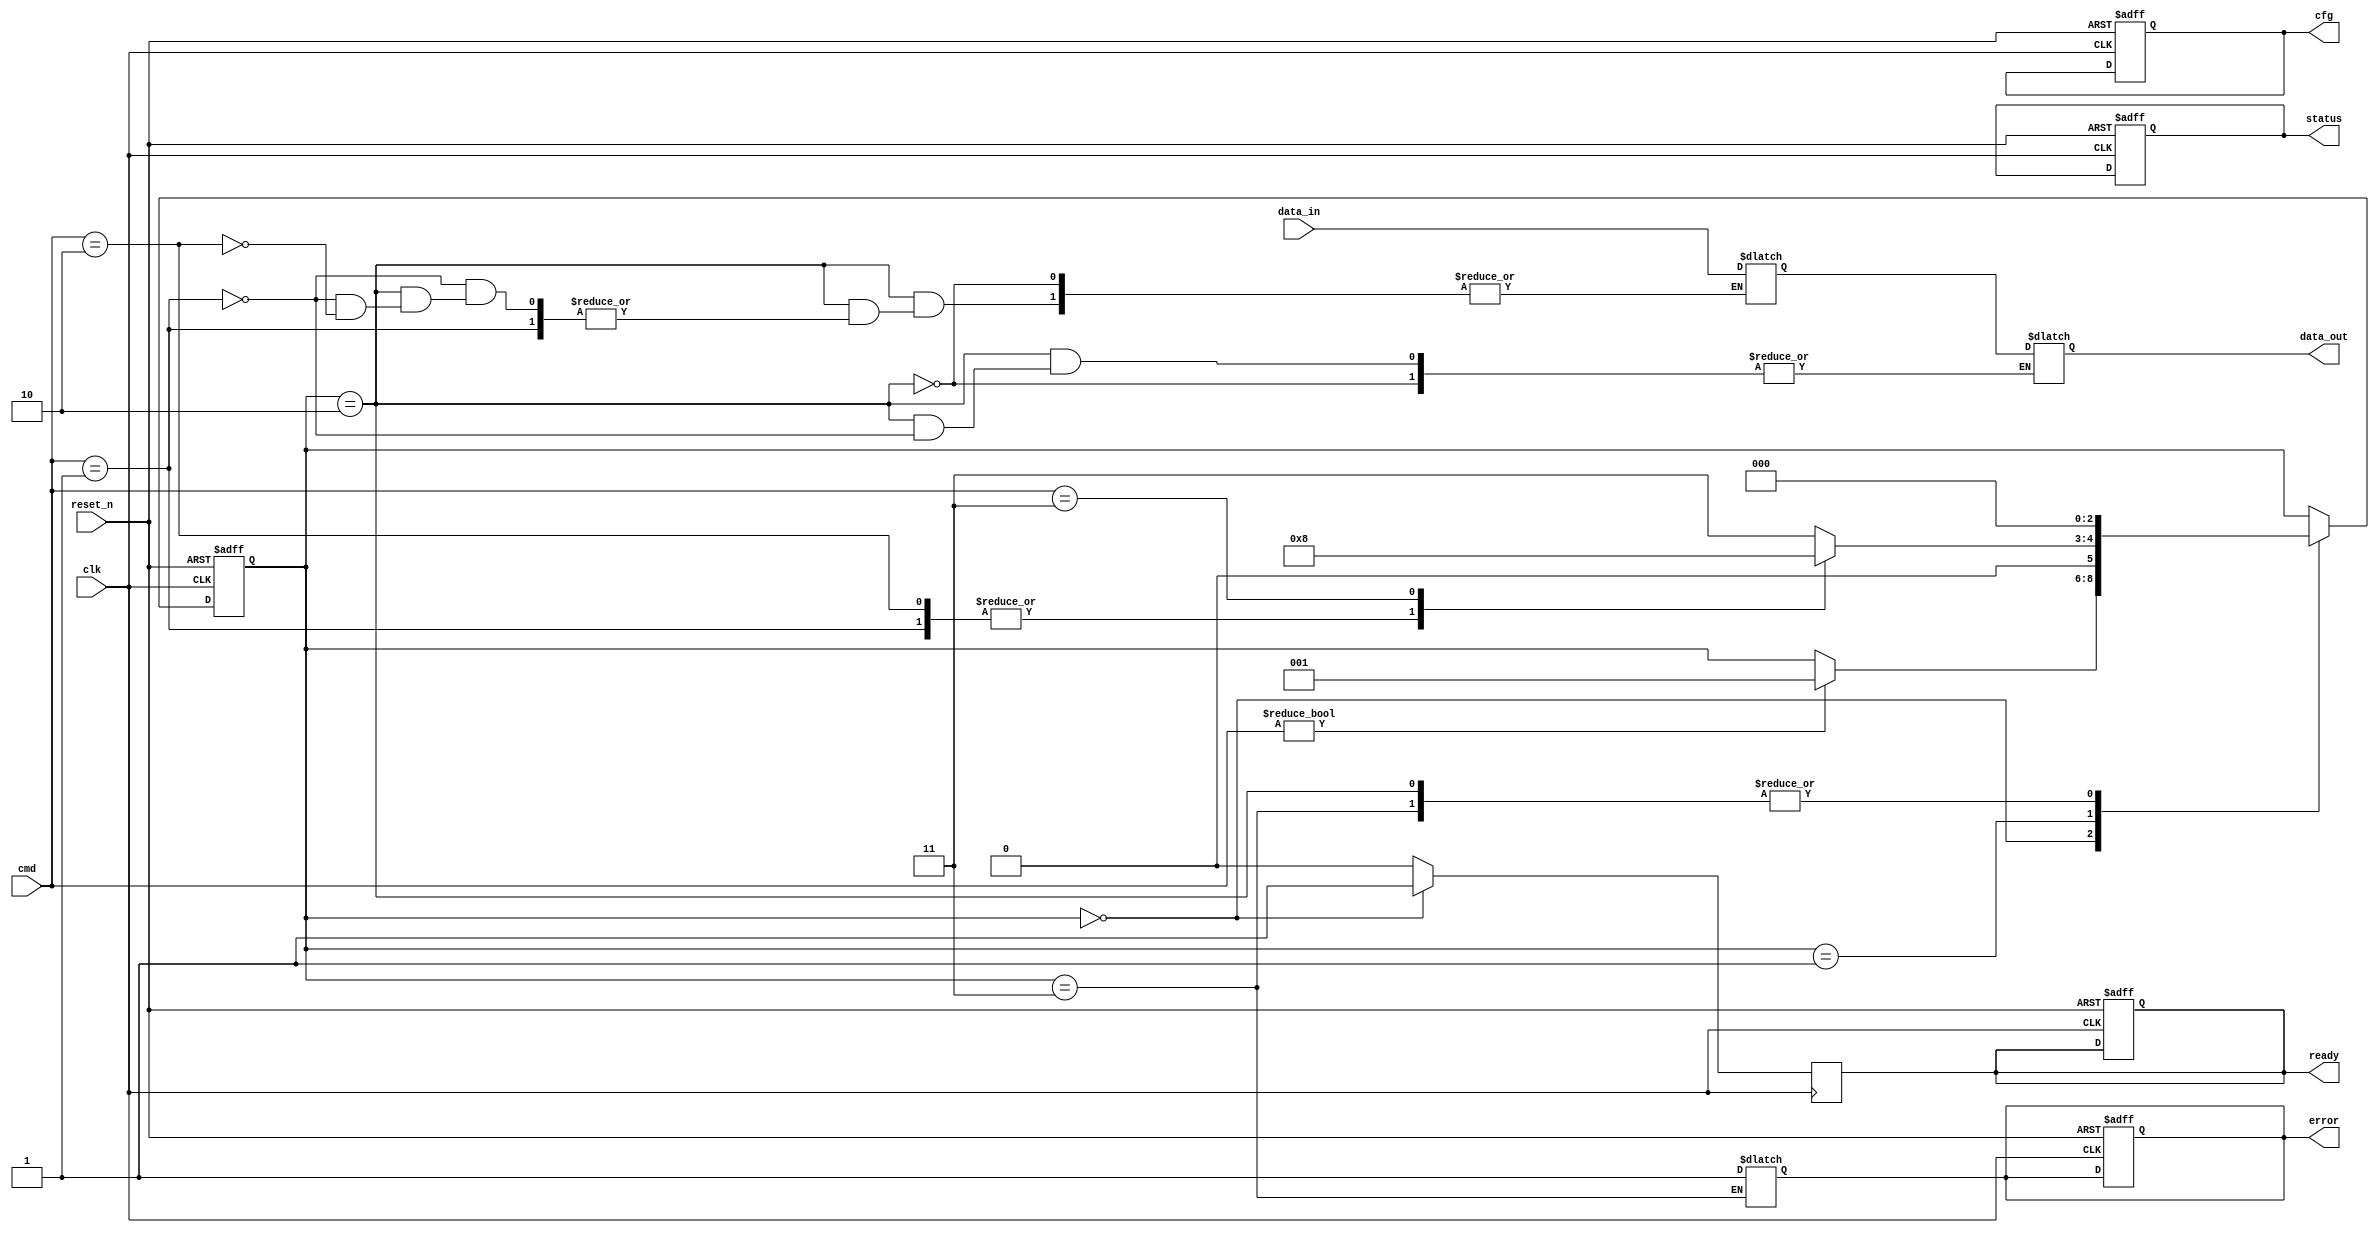
module eMMC_IO_Block (
    input wire clk,
    input wire reset_n,
    input wire [3:0] cmd,        // Command from host
    input wire [7:0] data_in,    // Data input from host
    output reg [7:0] data_out,    // Data output to host
    output reg ready,            // Ready signal for host
    output reg error,            // Error signal
    output reg [3:0] status,     // Status register
    output reg [7:0] cfg         // Configuration register
);

    // Command definitions
    localparam CMD_READ   = 4'b0001;
    localparam CMD_WRITE  = 4'b0010;
    localparam CMD_STATUS = 4'b0011;

    // State definitions
    localparam STATE_IDLE         = 3'b000;
    localparam STATE_CMD_PROCESS  = 3'b001;
    localparam STATE_DATA_TRANSFER = 3'b010;
    localparam STATE_ERROR        = 3'b011;

    reg [2:0] state, next_state;
    reg [7:0] memory_array [0:255]; // Simple memory array for storage
    reg [7:0] internal_buffer;        // Buffer for data transfer

    // State Machine
    always @(posedge clk or negedge reset_n) begin
        if (!reset_n) begin
            state <= STATE_IDLE;
            ready <= 1'b1;
            error <= 1'b0;
            status <= 4'b0000;
            cfg <= 8'b00000001; // Example config
        end else begin
            state <= next_state;
        end
    end

    always @(*) begin
        next_state = state; // Default to current state

        case (state)
            STATE_IDLE: begin
                if (cmd != 4'b0000) begin // command present
                    next_state = STATE_CMD_PROCESS;
                end
            end

            STATE_CMD_PROCESS: begin
                case (cmd)
                    CMD_READ:   
                        next_state = STATE_DATA_TRANSFER;
                    CMD_WRITE:  
                        next_state = STATE_DATA_TRANSFER;
                    CMD_STATUS: 
                        next_state = STATE_IDLE; // For status, go back to idle
                    default: 
                        next_state = STATE_ERROR; // Unknown command
                endcase
            end
            
            STATE_DATA_TRANSFER: begin
                if (cmd == CMD_READ) begin
                    data_out = memory_array[0]; // Example, read from address 0
                end else if (cmd == CMD_WRITE) begin
                    memory_array[0] = data_in; // Example, write to address 0
                end
                next_state = STATE_IDLE; // After transfer, return to idle
            end
            
            STATE_ERROR: begin
                error <= 1'b1; // Signal an error
                next_state = STATE_IDLE; // Go back to idle after error
            end
        endcase
    end

    // Generate ready signal
    always @(posedge clk) begin
        if (state == STATE_IDLE) begin
            ready <= 1'b1; // Ready when in idle state
        end else begin
            ready <= 1'b0; // Not ready otherwise
        end
    end

endmodule